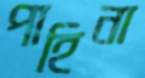
পাহিনা